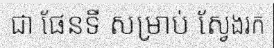
ជា ផែនទី សម្រាប់ ស្វែងរក